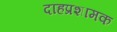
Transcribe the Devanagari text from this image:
दाहप्रशामक